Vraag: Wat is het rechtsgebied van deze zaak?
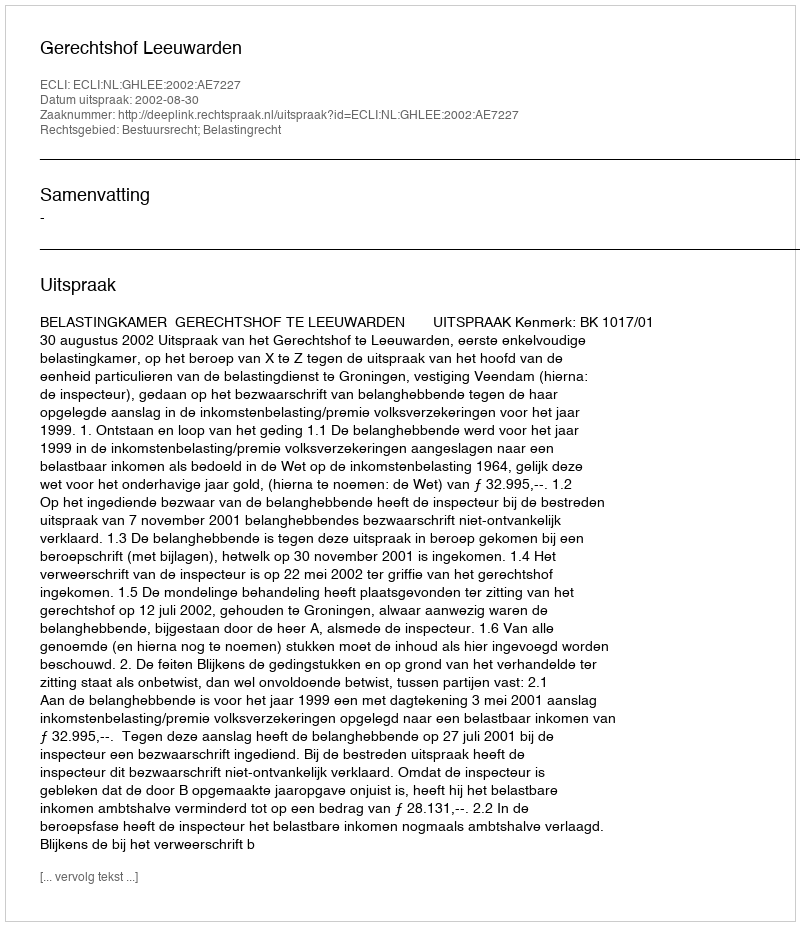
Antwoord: Bestuursrecht; Belastingrecht